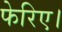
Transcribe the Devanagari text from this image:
फेरिए।